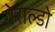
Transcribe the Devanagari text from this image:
गेराल्डो